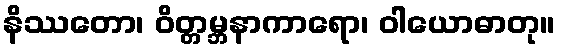
နိဿတော၊ ဝိတ္တမ္ဘနာကာရော၊ ဝါယောဓာတု။